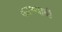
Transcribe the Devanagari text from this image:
कामयाबी